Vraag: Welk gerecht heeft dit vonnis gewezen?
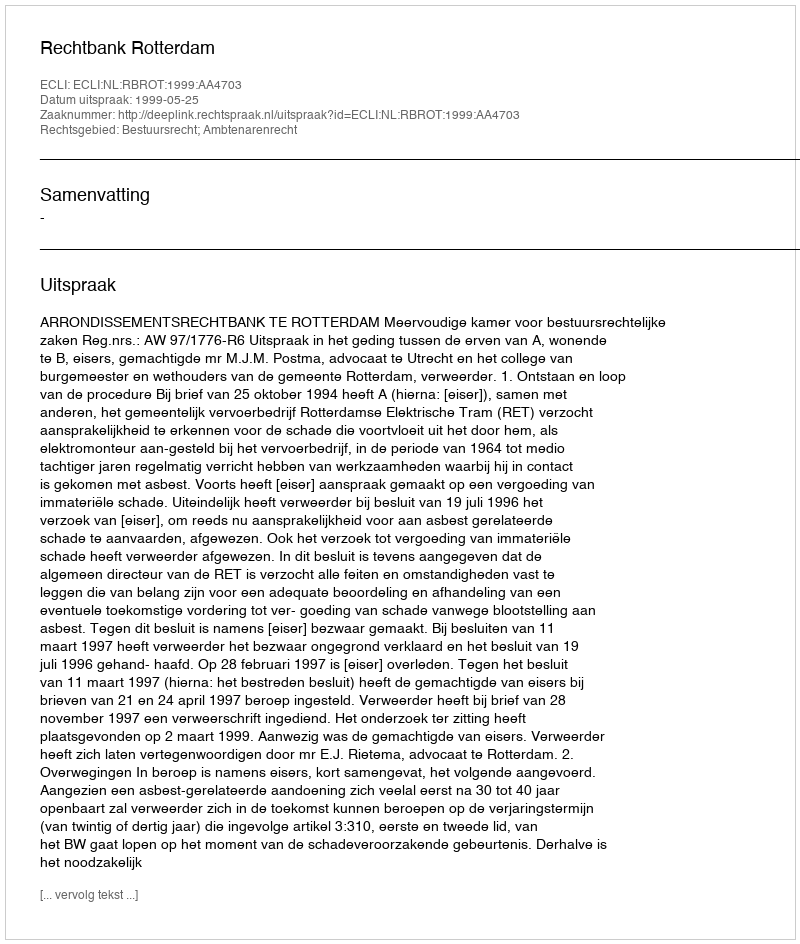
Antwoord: Rechtbank Rotterdam